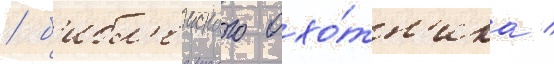
/ б'ибл'еиского охо́тн'ика /